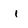
Character: 1